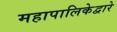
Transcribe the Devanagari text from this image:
महापालिकेद्वारे